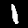
Digit: 1